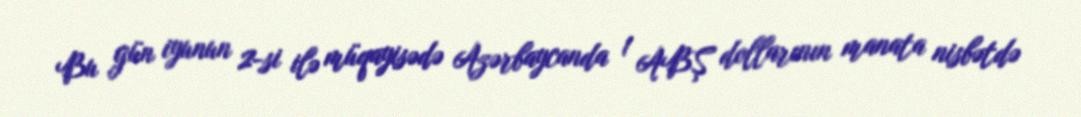
Bu gün iyunun 2-si ilə müqayisədə Azərbaycanda 1 ABŞ dollarının manata nisbətdə